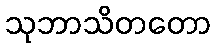
သုဘာသိတတော